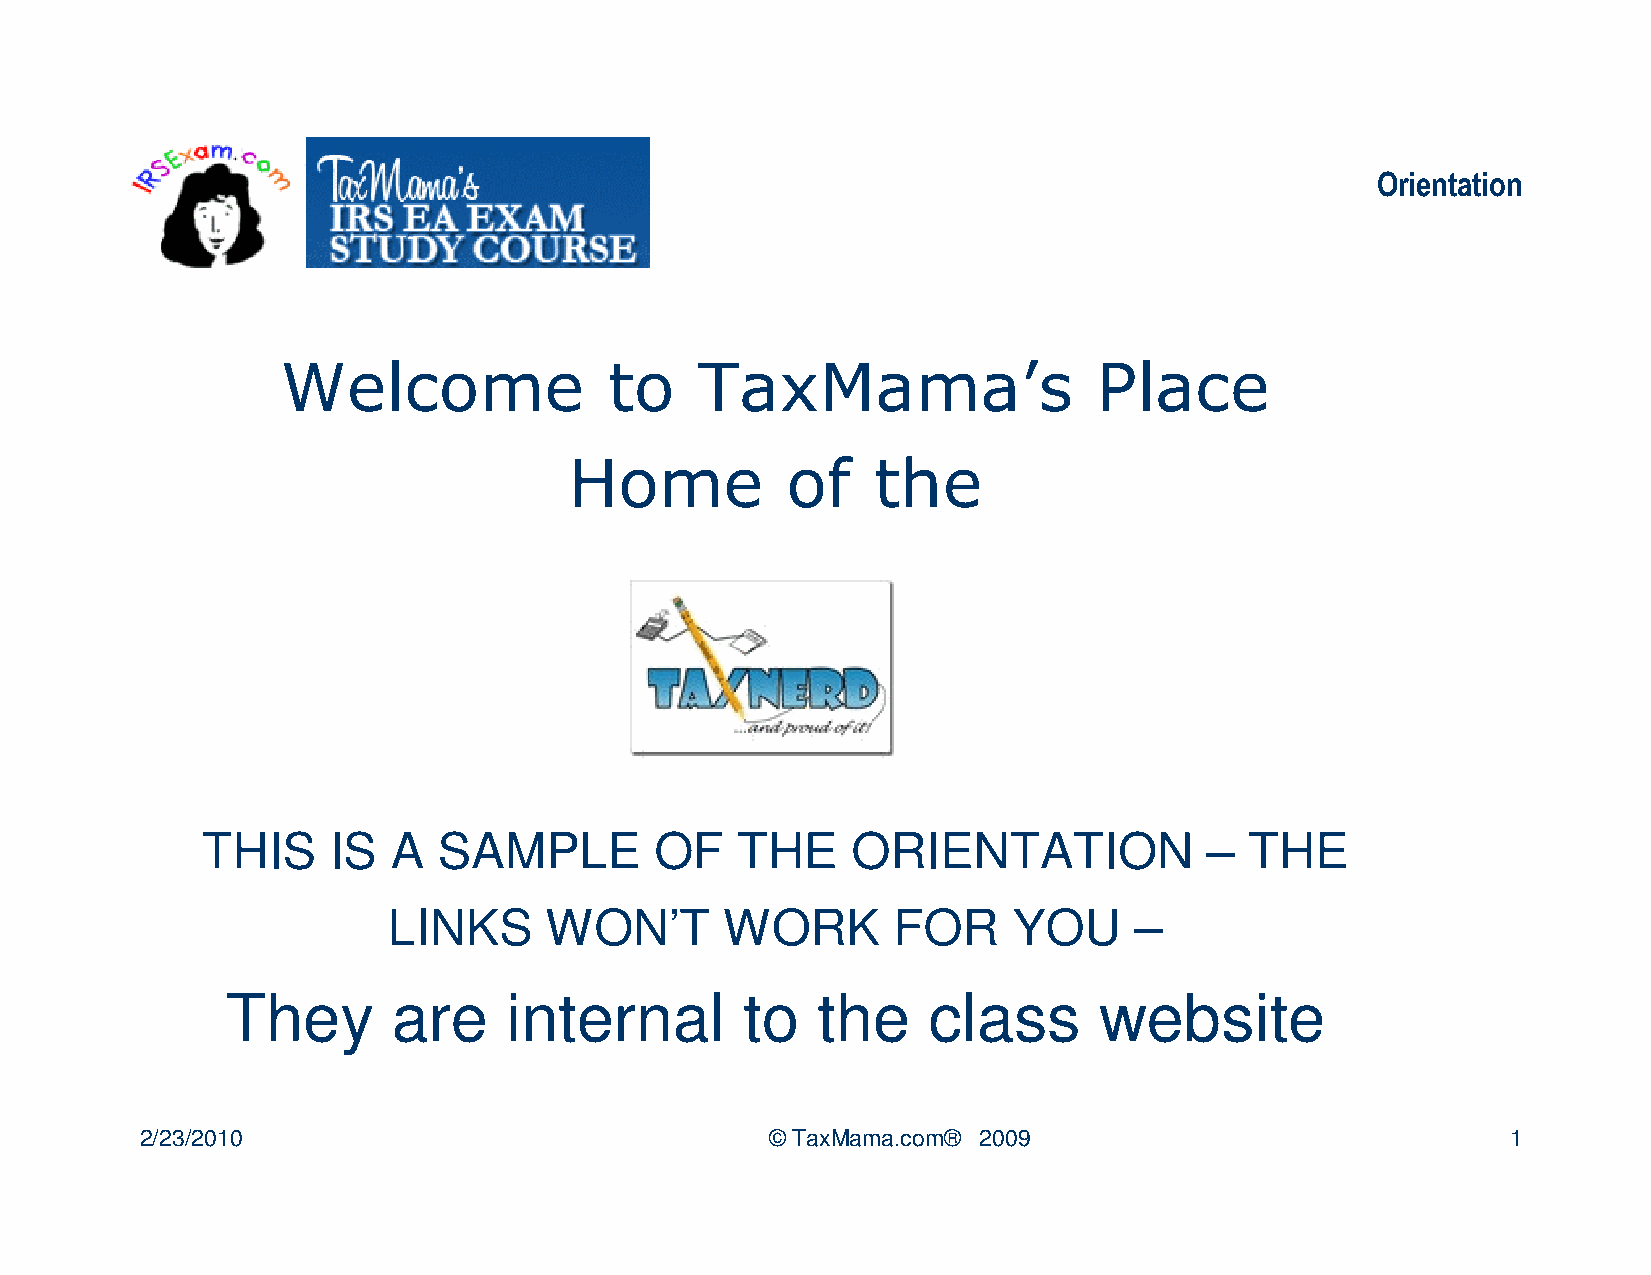
Orientation
 Welcome              to    TaxMama’s                  Place
 Home          of    the
 THIS     IS  A  SAMPLE        OF    THE    ORIENTATION             –  THE
 LINKS     WON’T       WORK       FOR     YOU     –
 They       are     internal       to   the    class       website
 2/23/2010                                 © TaxMama.com® 2009                              1